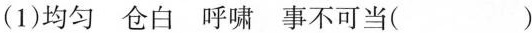
(1)均匀 仓白 呼啸 事不可当( )